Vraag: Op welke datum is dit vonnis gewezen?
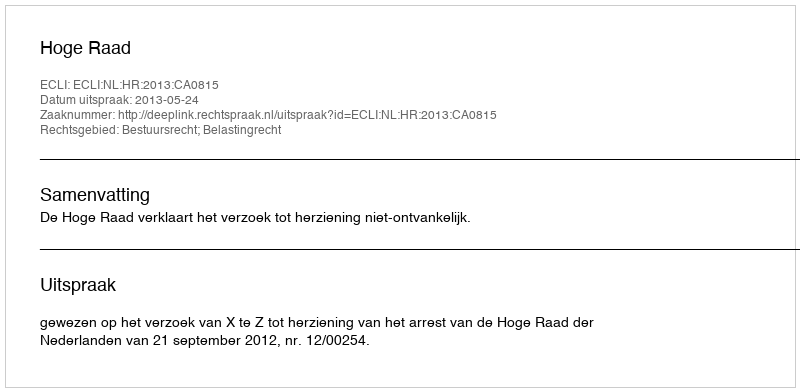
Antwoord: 2013-05-24